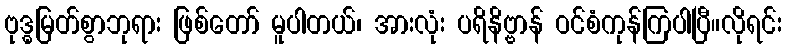
ဗုဒ္ဓမြတ်စွာဘုရား ဖြစ်တော် မူပါတယ်၊ အားလုံး ပရိနိဗ္ဗာန် ဝင်စံကုန်ကြပါပြီ။လိုရင်း